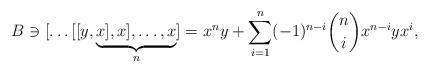
LaTeX: \begin{align*} B\ni [\dots [[y,\underbrace{x],x],\dots,x}_n]=x^ny+\sum_{i=1}^n (-1)^{n-i} \binom{n}{i} x^{n-i} y x^{i},\end{align*}